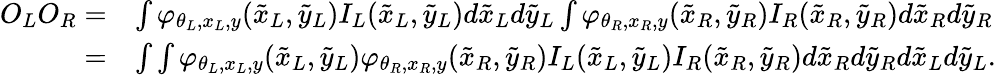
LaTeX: \begin{array}{rl}{O_{L}O_{R}=}&{\int\varphi_{\theta_{L},x_{L},y}(\tilde{x}_{L},\tilde{y}_{L})I_{L}(\tilde{x}_{L},\tilde{y}_{L})d\tilde{x}_{L}d\tilde{y}_{L}\int\varphi_{\theta_{R},x_{R},y}(\tilde{x}_{R},\tilde{y}_{R})I_{R}(\tilde{x}_{R},\tilde{y}_{R})d\tilde{x}_{R}d\tilde{y}_{R}}\\ {=}&{\int\int\varphi_{\theta_{L},x_{L},y}(\tilde{x}_{L},\tilde{y}_{L})\varphi_{\theta_{R},x_{R},y}(\tilde{x}_{R},\tilde{y}_{R})I_{L}(\tilde{x}_{L},\tilde{y}_{L})I_{R}(\tilde{x}_{R},\tilde{y}_{R})d\tilde{x}_{R}d\tilde{y}_{R}d\tilde{x}_{L}d\tilde{y}_{L}.}\end{array}